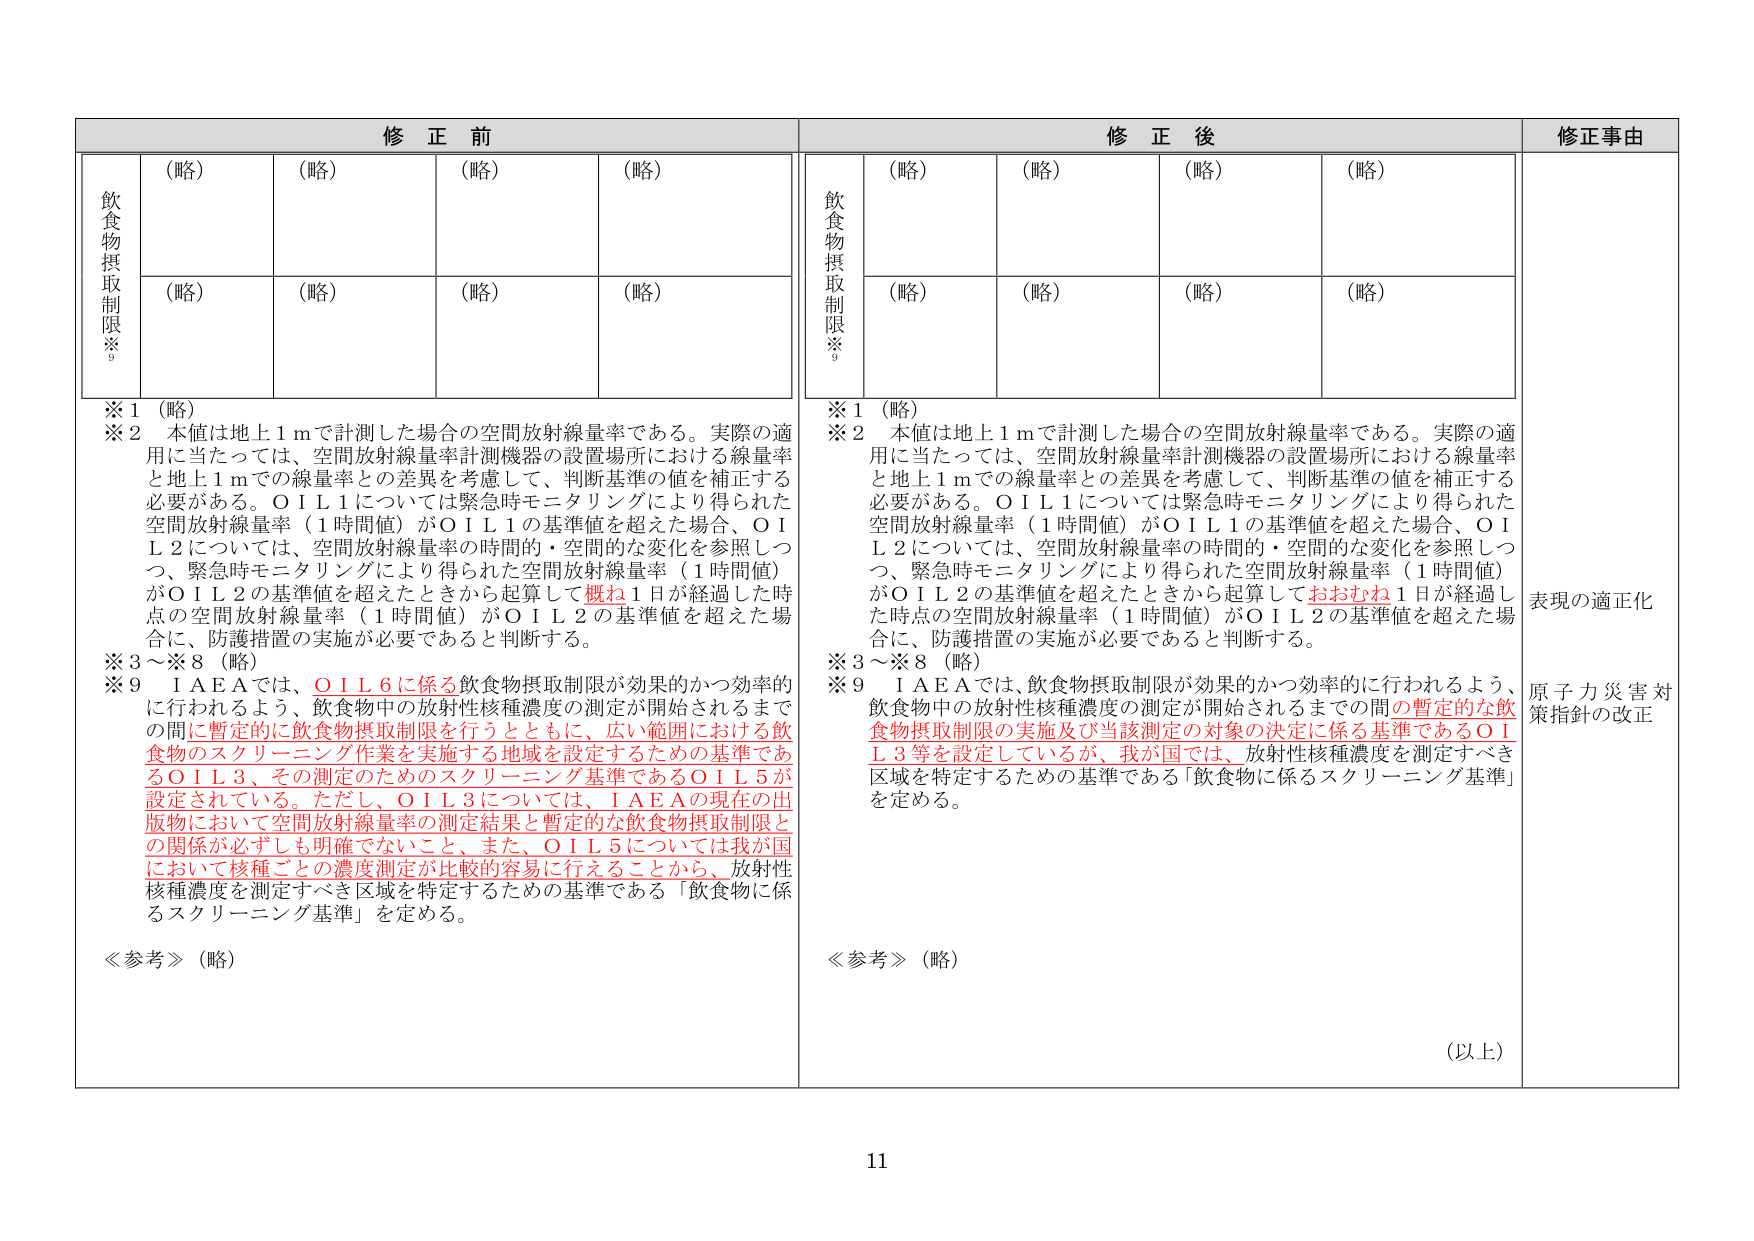
修正前
(略)
(略)
(略)
(略)
(略)
(略)
(略)
(略)
※1 (略)
※2 本値は地上1mで計測した場合の空間放射線量率である。実際の適用に当たっては、空間放射線量率計測機器の設置場所における線量率と地上1mでの線量率との差異を考慮して、判断基準の値を補正する必要がある。OIL1については緊急時モニタリングにより得られた空間放射線量率（1時間値）がOIL1の基準値を超えた場合、OIL2については、空間放射線量率の時間的・空間的な変化を参照しつつ、緊急時モニタリングにより得られた空間放射線量率（1時間値）がOIL2の基準値を超えたときから起算して概ね1日が経過した時点の空間放射線量率（1時間値）がOIL2の基準値を超えた場合に、防護措置の実施が必要であると判断する。
※3～※8 (略)
※9 IAEAでは、OIL6に係る飲食物摂取制限が効果的かつ効率的に行われるよう、飲食物中の放射性核種濃度の測定が開始されるまでの間に暫定的に飲食物摂取制限を行うとともに、広い範囲における飲食物のスクリーニング作業を実施する地域を設定するための基準であるOIL3、その測定のためのスクリーニング基準であるOIL5が設定されている。ただし、OIL3については、IAEAの現在の出版物において空間放射線量率の測定結果と暫定的な飲食物摂取制限との関係が必ずしも明確でないこと、また、OIL5については我が国において核種ごとの濃度測定が比較的容易に行えることから、放射性核種濃度を測定すべき区域を特定するための基準である「飲食物に係るスクリーニング基準」を定める。
≪参考≫ (略)

修正後
(略)
(略)
(略)
(略)
(略)
(略)
(略)
(略)
※1 (略)
※2 本値は地上1mで計測した場合の空間放射線量率である。実際の適用に当たっては、空間放射線量率計測機器の設置場所における線量率と地上1mでの線量率との差異を考慮して、判断基準の値を補正する必要がある。OIL1については緊急時モニタリングにより得られた空間放射線量率（1時間値）がOIL1の基準値を超えた場合、OIL2については、空間放射線量率の時間的・空間的な変化を参照しつつ、緊急時モニタリングにより得られた空間放射線量率（1時間値）がOIL2の基準値を超えたときから起算しておおむね1日が経過した時点の空間放射線量率（1時間値）がOIL2の基準値を超えた場合に、防護措置の実施が必要であると判断する。
※3～※8 (略)
※9 IAEAでは、飲食物摂取制限が効果的かつ効率的に行われるよう、飲食物中の放射性核種濃度の測定が開始されるまでの間の暫定的な飲食物摂取制限の実施及び当該測定の対象の決定に係る基準であるOIL3等を設定しているが、我が国では、放射性核種濃度を測定すべき区域を特定するための基準である「飲食物に係るスクリーニング基準」を定める。
≪参考≫ (略)
(以上)

修正事由
表現の適正化
原子力災害対策指針の改正

11